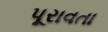
પૂરાવતા